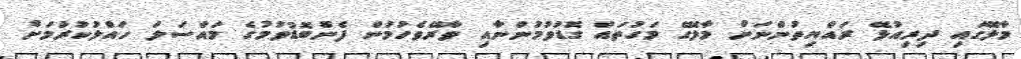
މާލޭގައި ދިރިއުޅޭ ރައްޔިތުންނަށް މާލޭގެ މަގުތައް ގޮޑުވުމުންނާއި ވާރޭވެހުމުން ފެންބޮޑުވުމުގެ މައްސަލަ ހައްލުކުރުމަށް